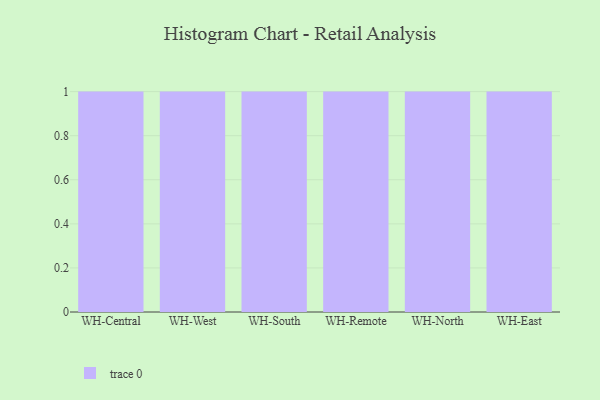
{"axis": {"x": "Warehouse", "y": "LTV (USD)"}, "legend": [""], "data": [{"x": "WH-Central", "y": 87, "type": ""}, {"x": "WH-West", "y": 81, "type": ""}, {"x": "WH-South", "y": 61, "type": ""}, {"x": "WH-Remote", "y": 29, "type": ""}, {"x": "WH-North", "y": 59, "type": ""}, {"x": "WH-East", "y": 51, "type": ""}]}